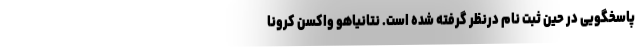
پاسخگویی در حین ثبت نام درنظر گرفته شده است. نتانیاهو واکسن کرونا